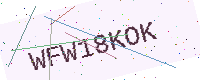
Text: WFW18KOK